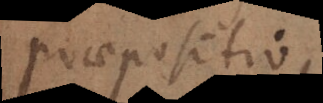
praepositio,